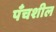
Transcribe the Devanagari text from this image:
पँचशील